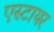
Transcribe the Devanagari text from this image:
एस्टायर